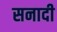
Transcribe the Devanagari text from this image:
सनादी